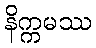
နိက္ကမဿ